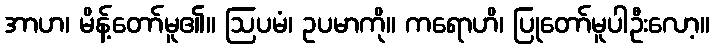
အာဟ၊ မိန့်တော်မူ၏။ ဩပမံ၊ ဥပမာကို။ ကရောဟိ၊ ပြုတော်မူပါဦးလော့။